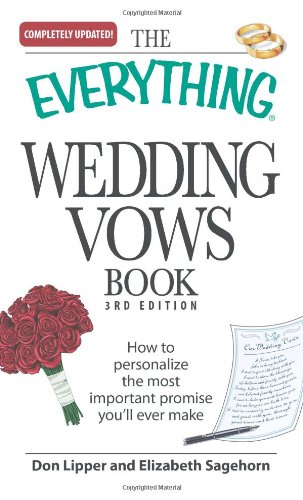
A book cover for The Everything Wedding Vows Book: How to personalize the most important promise you'll ever make; Don Lipper; Crafts, Hobbies & Home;